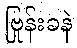
ဗြုန်းခနဲ